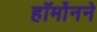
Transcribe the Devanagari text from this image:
हॉर्मोनने